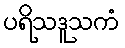
ပရိသဒူသကံ